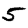
Digit: 5